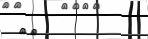
٢٧